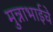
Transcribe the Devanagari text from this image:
मुन्नाभाईचे